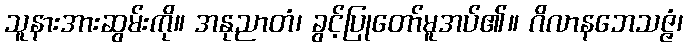
သူနားအားဆွမ်းကို။ အနုညာတံ၊ ခွင့်ပြုတော်မူအပ်၏။ ဂိလာနဘေသဇ္ဇံ၊